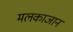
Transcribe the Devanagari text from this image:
मलकाजान